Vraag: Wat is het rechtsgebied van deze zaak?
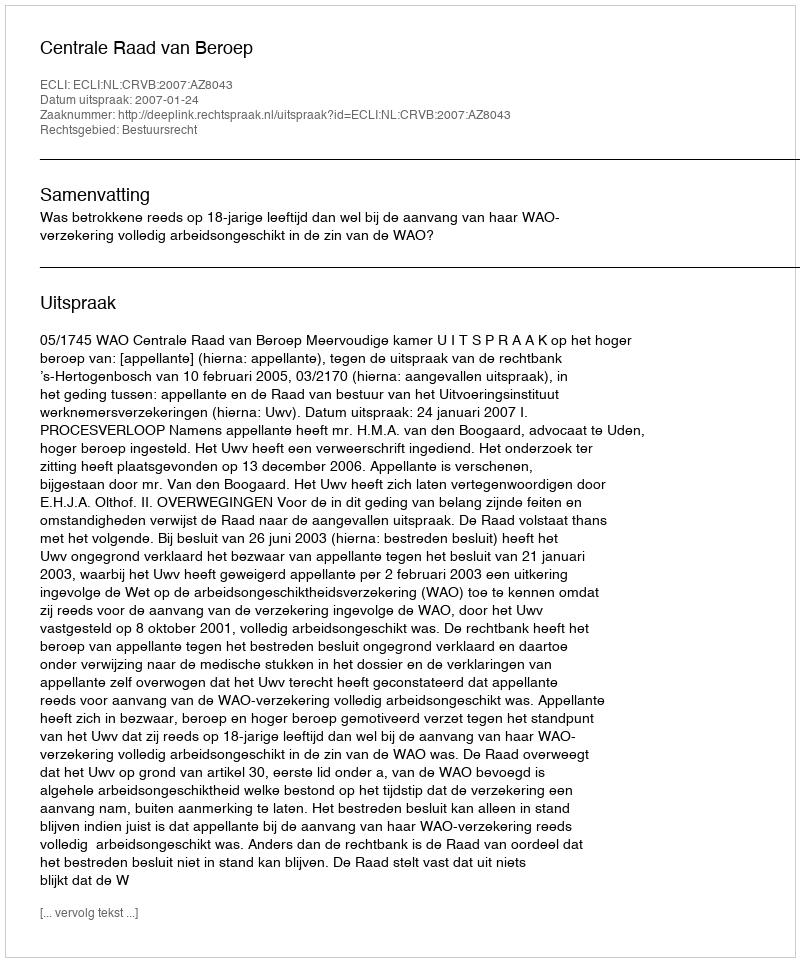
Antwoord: Bestuursrecht